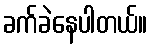
ခက်ခဲနေပါတယ်။